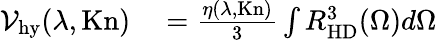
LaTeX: \begin{array}{rl}{{\cal V}_{\mathrm{hy}}(\lambda,\mathrm{Kn})}&{{}=\frac{\eta(\lambda,\mathrm{Kn})}{3}\int R_{\mathrm{HD}}^{3}(\Omega)d\Omega}\end{array}